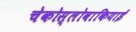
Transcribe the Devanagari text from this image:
चेकोस्लोवाकियाई